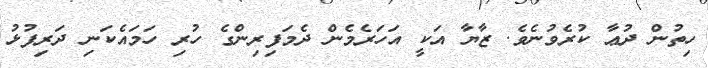
ހިތުން ދުޢާ ކުރެވުނެވެ. ޒާޔާ އަކީ އަހަރެމެން ދެމަފިރިންގެ ހުރި ހަމައެކަނި ދަރިފުޅު